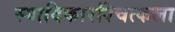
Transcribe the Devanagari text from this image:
स्यादिकारश्चित्कला